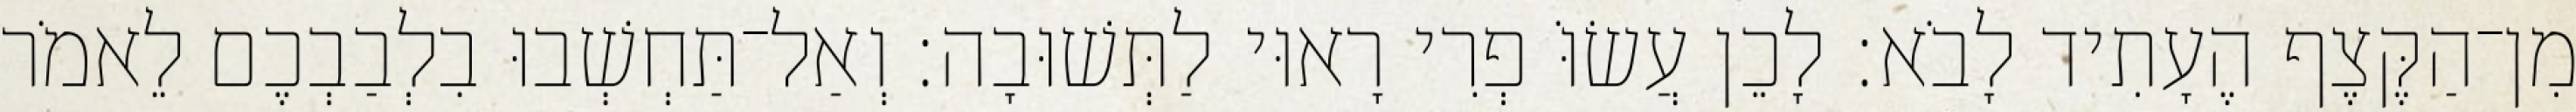
מִן־הַקֶּצֶף הֶעָתִיד לָבֹא׃ לָכֵן עֲשׂוֹּ פְרִי רָאוּי לַתְּשׁוּבָה׃ וְאַל־תַּחְשְׁבוּ בִלְבַבְכֶם לֵאמֹר